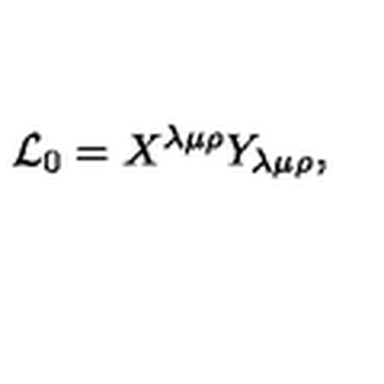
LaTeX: { \cal L } _ { 0 } = X ^ { \lambda \mu \rho } Y _ { \lambda \mu \rho } ,